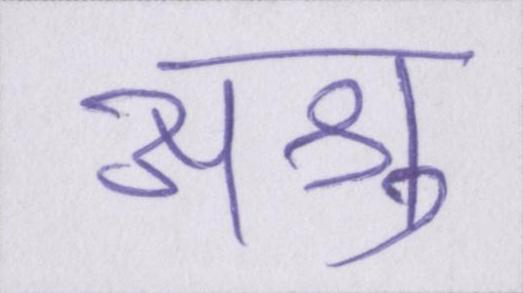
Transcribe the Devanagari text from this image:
अश्रु